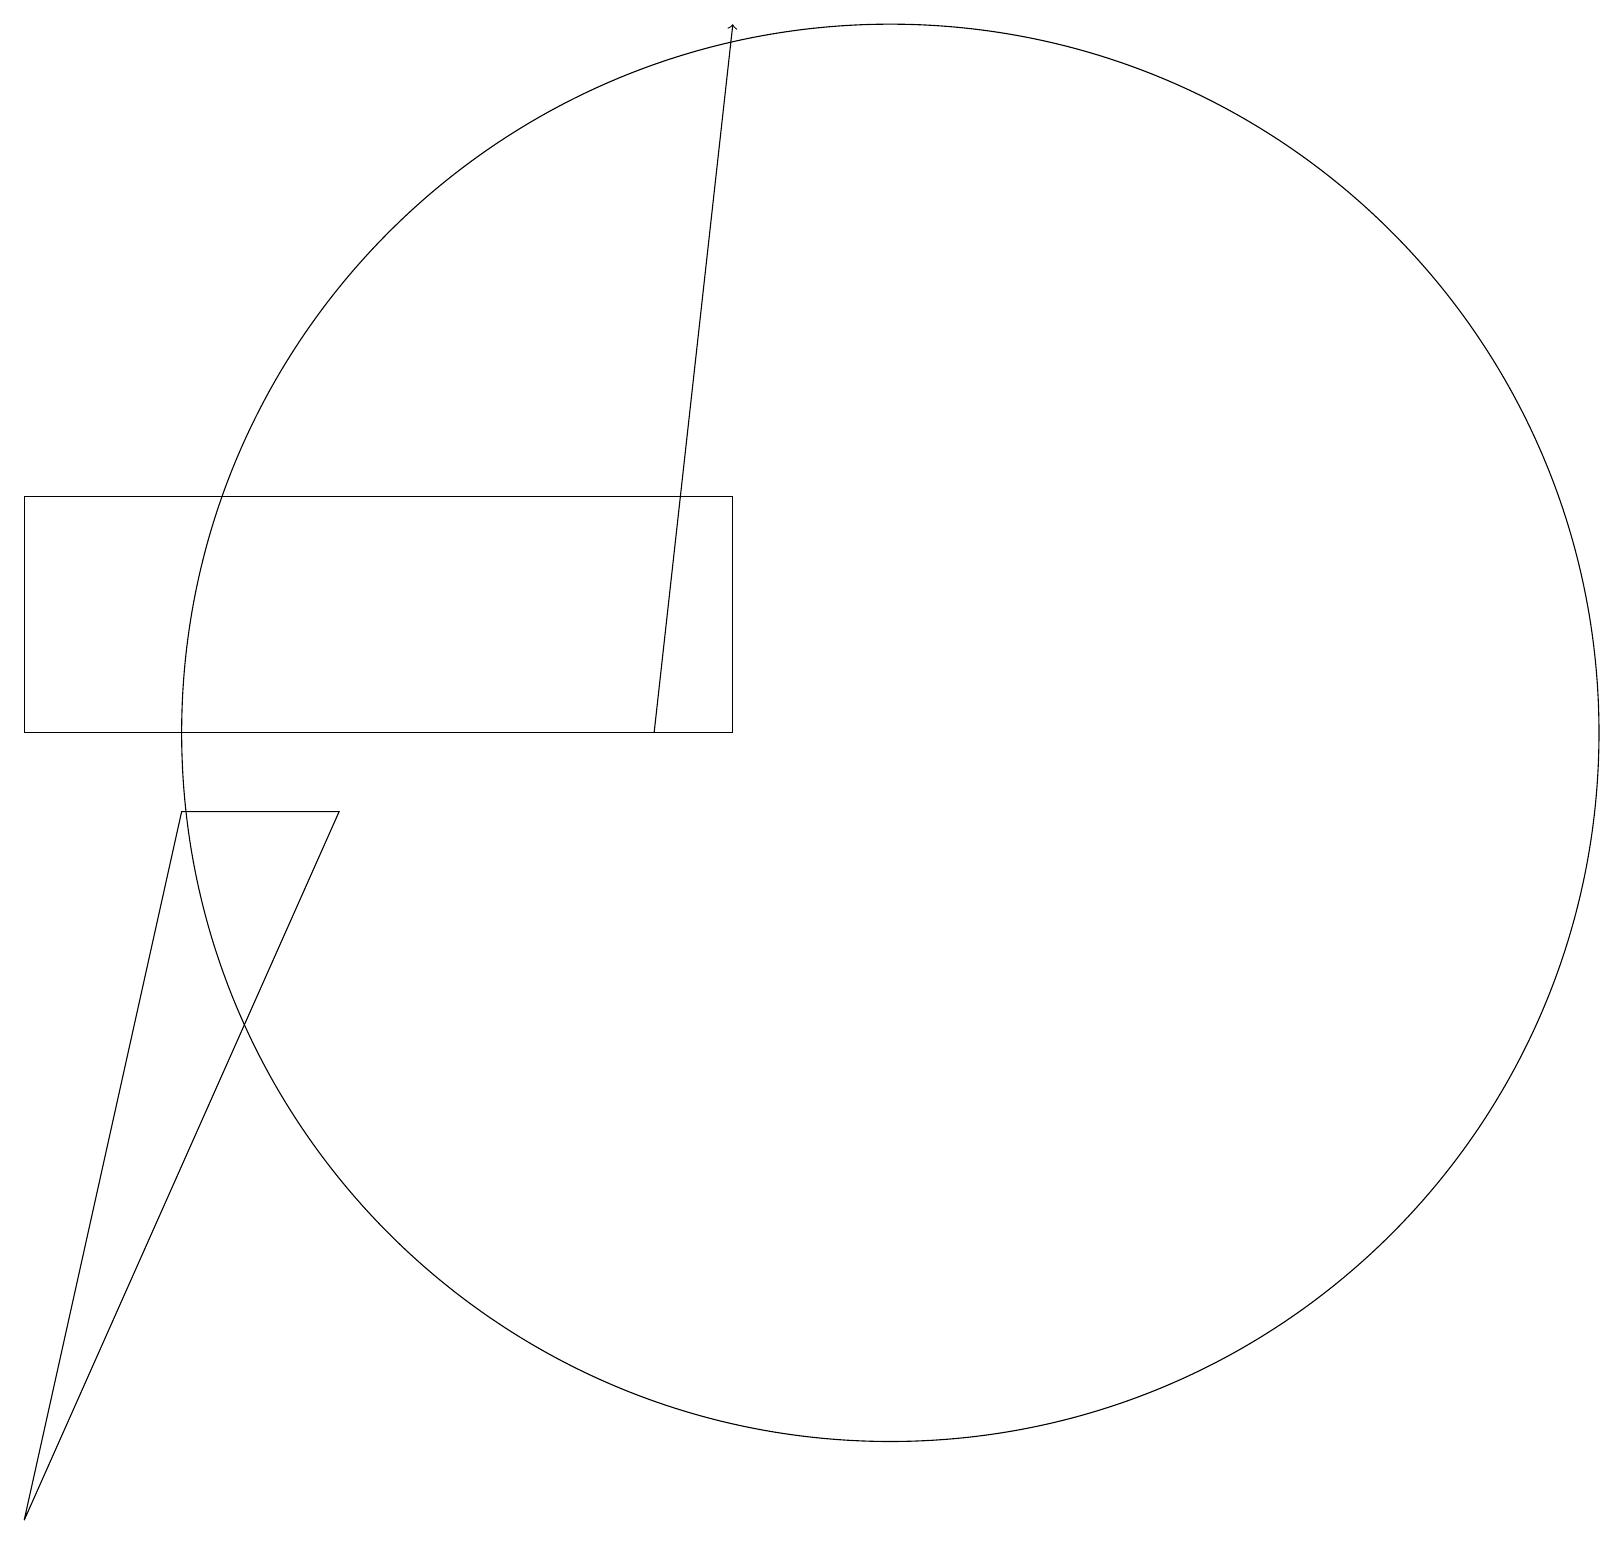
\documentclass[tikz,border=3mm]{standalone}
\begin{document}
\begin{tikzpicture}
\draw (0,10) rectangle (9,13);
\draw (12,11) circle (0);
\draw (2,9) -- (4,9) -- (0,0) -- cycle;
\draw (10,11) circle (0);
\draw (11,10) circle (9);
\draw[->] (8,10) -- (9,19);
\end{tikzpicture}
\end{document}